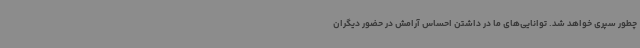
چطور سپری خواهد شد. توانایی‌های ما در داشتن احساس آرامش در حضور دیگران